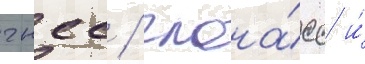
гнсс / глона́сс и́